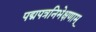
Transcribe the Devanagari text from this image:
पद्मपत्रनिभेक्षणाम्